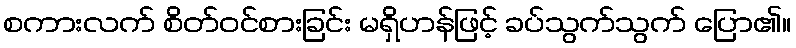
စကားလက် စိတ်ဝင်စားခြင်း မရှိဟန်ဖြင့် ခပ်သွက်သွက် ပြော၏။